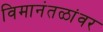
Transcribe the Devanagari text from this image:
विमानंतळांवर